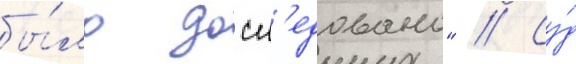
бы́ло досл'едовано" // Су́д